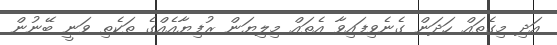
އަދި މިގެތައް ހަދަން ގެނެވިފައިވާ އެތައް މިލިޔަން ރުފިޔާއެއްގެ ތަކެތި ވަނީ ބޭނުން